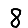
Digit: 8